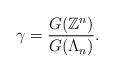
LaTeX: \begin{align*}\gamma=\frac{G(\mathbb Z^n)}{G(\Lambda_n)}.\end{align*}